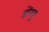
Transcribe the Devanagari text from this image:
होंग्वु